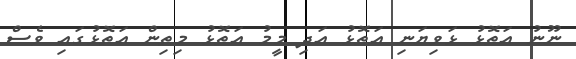
ނޫނު އަތޮޅު ޅަވިޔަނި އަތޮޅު އަދި މީމު އަތޮޅު މިތިން އަތޮޅުގައި ވެސް